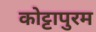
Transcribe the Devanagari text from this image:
कोट्टापुरम